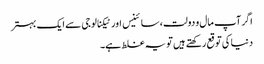
اگر آپ مال و دولت، سائینس اور ٹیکنالوجی سے ایک بہتر
دنیا کی توقع رکھتے ہیں تو یہ غلط ہے۔